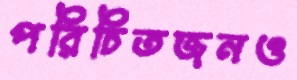
পরিচিতজনও